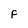
Character: F